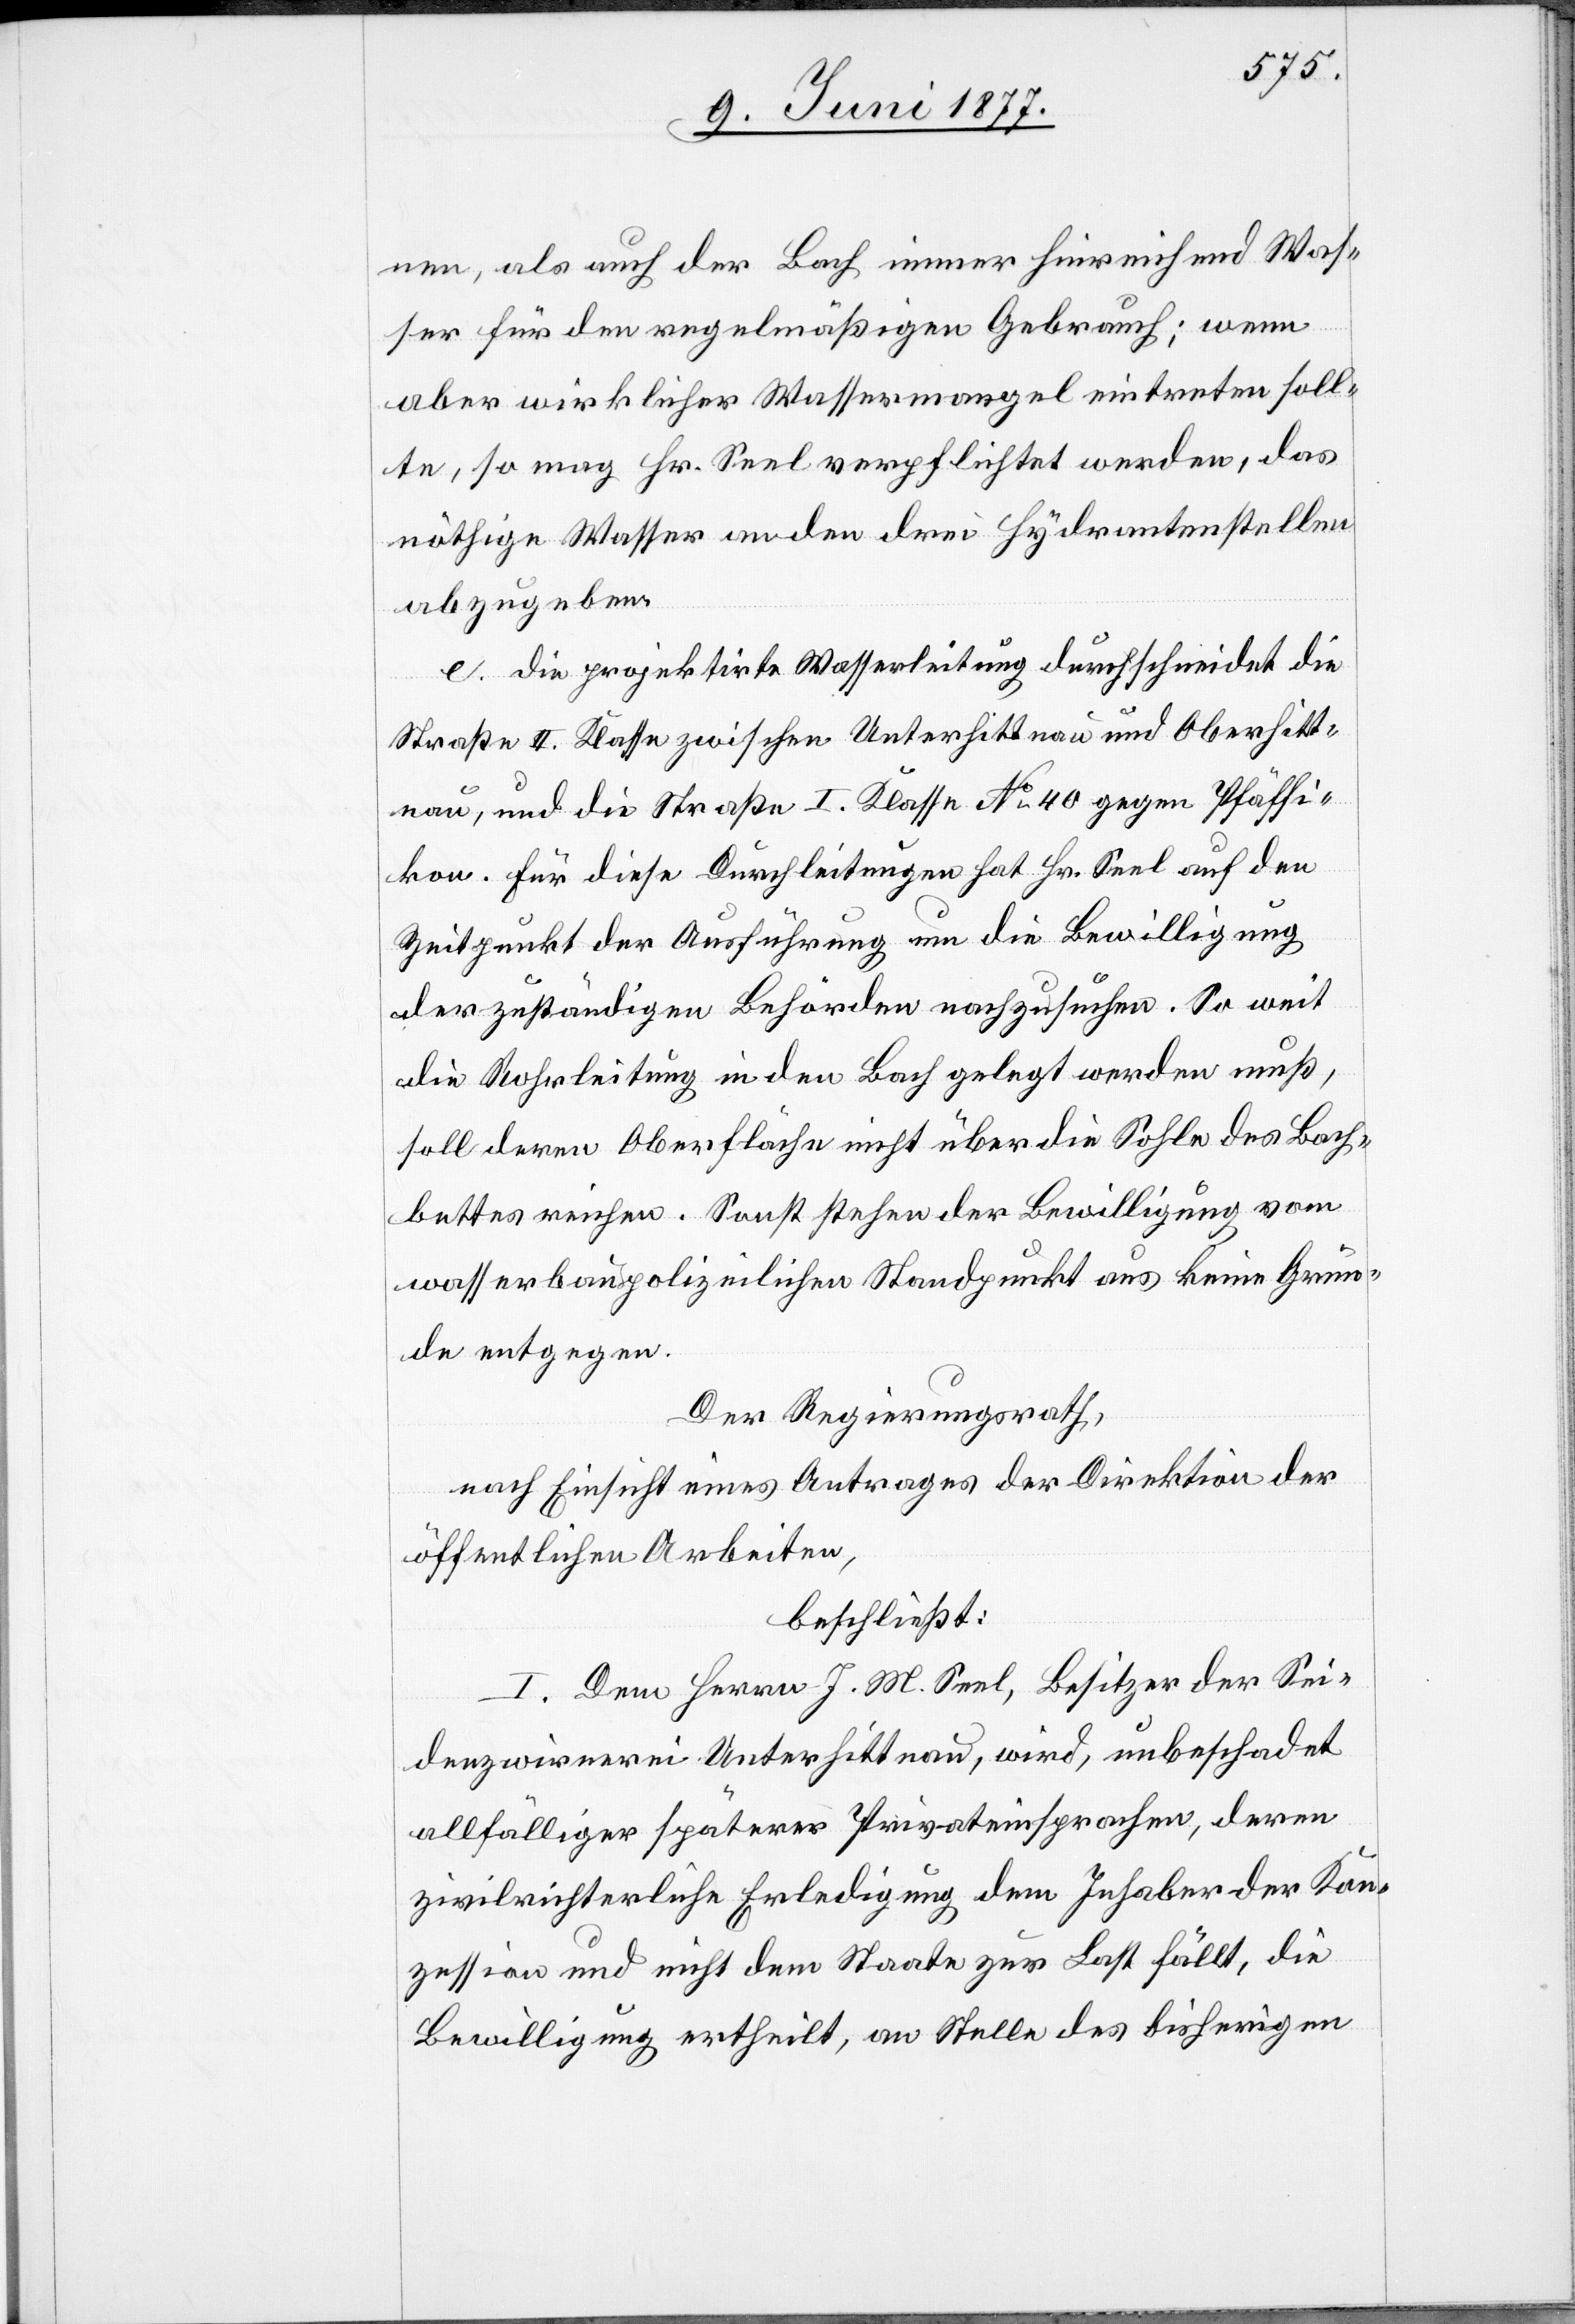
nen, als auch der Bach immer hinreichend Was¬
ser für den regelmäßigen Gebrauch; wenn
aber wirklicher Wassermangel eintreten soll¬
te, so mag Hr. Seel verpflichtet werden, das
nöthige Wasser an den drei Hydrantenstellen
abzugeben.
e. Die projektirte Wasserleitung durchschneidet die
Straße II. Klasse zwischen Unterhittnau und Oberhitt¬
nau, und die Straße I. Klasse No 40 gegen Pfäffi¬
kon. Für diese Durchleitungen hat Hr. Seel auf den
Zeitpunkt der Ausführung um die Bewilligung
der zuständigen Behörden nachzusuchen. So weit
die Rohrleitung in den Bach gelegt werden muß,
soll deren Oberfläche nicht über die Sohle des Bach¬
bettes reichen. Sonst stehen der Bewilligung vom
wasserbaupolizeilichen Standpunkt aus keine Grün¬
de entgegen.
Der Regierungsrath,
nach Einsicht eines Antrages der Direktion der
öffentlichen Arbeiten,
beschließt:
I. Dem Herrn J. M. Seel. Besitzer der Sei¬
denzwirnerei Unterhittnau, wird, unbeschadet
allfälliger späterer Privateinsprachen, deren
zivilrichterliche Erledigung dem Inhaber der Kon¬
zession und nicht dem Staate zur Last fällt, die
Bewilligung ertheilt, an Stelle des bisherigen